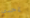
إحدى